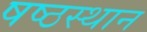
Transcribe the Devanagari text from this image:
षष्ठस्थान